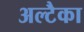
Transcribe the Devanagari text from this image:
अल्टैका